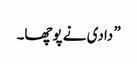
” دادی نے پوچھا۔